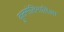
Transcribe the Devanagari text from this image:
कुलमोलिमालिआ